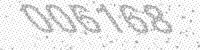
Solution: 006168